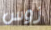
زوس